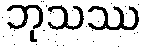
ဘုသဿ